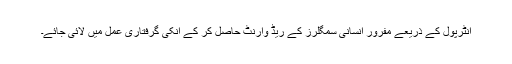
انٹرپول کے ذریعے مفرور انسانی سمگلرز کے ریڈ وارنٹ حاصل کر کے انکی گرفتاری عمل میں لائی جائے۔